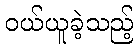
ဝယ်ယူခဲ့သည့်